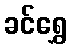
ခင်ရွှေ